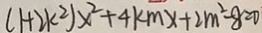
( 1 + 2 k ^ { 2 } ) x ^ { 2 } + 4 k m x + 2 m ^ { 2 } - 8 = 0